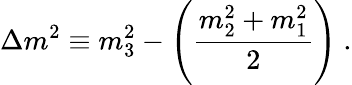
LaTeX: \Delta m^{2}\equiv m_{3}^{2}-\left(\frac{m_{2}^{2}+m_{1}^{2}}{2}\right)~.